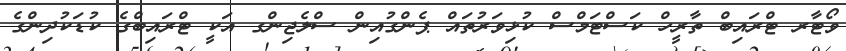
ވޯޓާރ ޓްރައިބް ތާރީހް ކަސްޓަމްސް ކުޅިވަރުތައް ޕެންގުއިން ސްލެޖިންގ އަކީ ޓްރައިބްގެ ކުޑަކުދިންގެ